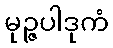
မုဉ္ဇပါဒုကံ